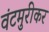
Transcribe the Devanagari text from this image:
वंटमुरीकर